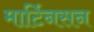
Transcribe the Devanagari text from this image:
मार्टिनसन